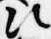
次